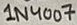
Text: 1N4007